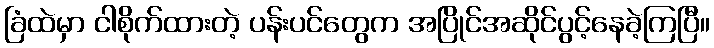
ခြံထဲမှာ ငါစိုက်ထားတဲ့ ပန်းပင်တွေက အပြိုင်အဆိုင်ပွင့်နေခဲ့ကြပြီ။